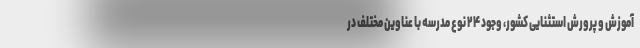
آموزش و پرورش استثنایی کشور، وجود ۲۴ نوع مدرسه با عناوین مختلف در